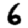
Digit: 6